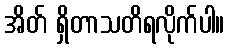
အိတ် ရှိတာသတိရလိုက်ပါ။